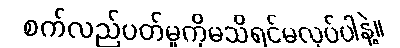
စက်လည်ပတ်မှုကိုမသိရင်မလုပ်ပါနဲ့။